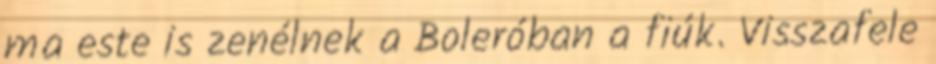
ma este is zenélnek a Boleróban a fiúk. Visszafele